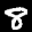
Label: 8